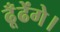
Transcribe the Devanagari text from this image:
ढूँढेंगे।